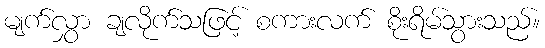
မျက်လွှာ ချလိုက်သဖြင့် စကားလက် စိုးရိမ်သွားသည်။